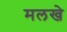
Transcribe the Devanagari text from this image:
मलखे